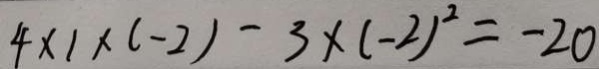
4 \times 1 \times ( - 2 ) - 3 \times ( - 2 ) ^ { 2 } = - 2 0